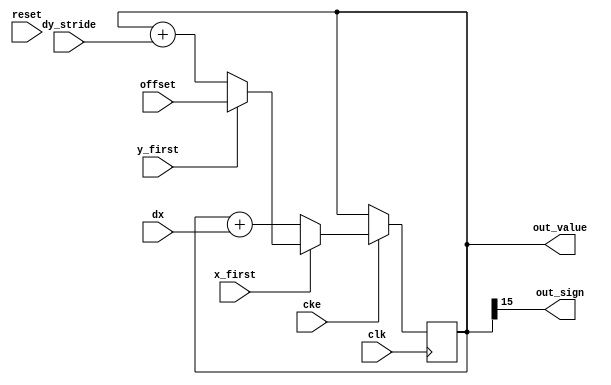
// This program was cloned from: https://github.com/ryuz/jelly
// License: MIT License

// ---------------------------------------------------------------------------
//  Jelly  -- The platform for real-time computing
//
//                                 Copyright (C) 2008-2017 by Ryuz
//                                 https://github.com/ryuz/jelly.git
// ---------------------------------------------------------------------------



`timescale 1ns / 1ps
`default_nettype none


// a*x + b*y + c 
// ()
module jelly_rasterizer_plane_calc
        #(
            parameter   WIDTH = 16
        )
        (
            input   wire                            reset,
            input   wire                            clk,
            input   wire                            cke,
            
            input   wire                            x_first,
            input   wire                            y_first,
            
            input   wire    signed  [WIDTH-1:0]     dx,
            input   wire    signed  [WIDTH-1:0]     dy_stride,
            input   wire    signed  [WIDTH-1:0]     offset,
            
            output  wire    signed  [WIDTH-1:0]     out_value,
            output  wire                            out_sign
        );
    
    reg     signed  [WIDTH-1:0]     reg_value;
    
    always @(posedge clk) begin
//      if ( reset ) begin
//          reg_value <= {WIDTH{1'b0}};
//      end
//      else 
        if ( cke ) begin
            reg_value <= reg_value + dx;
            if ( x_first ) begin
                reg_value <= reg_value + dy_stride;
                if ( y_first ) begin
                    reg_value <= offset;
                end
            end
        end
    end
    
    assign out_value = reg_value;
    assign out_sign  = out_value[WIDTH-1];
    
endmodule


`default_nettype wire


// end of file